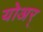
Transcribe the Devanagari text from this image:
योअर्